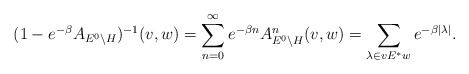
\begin{align*}(1 - e^{-\beta} A_{E^0 \backslash H})^{-1}(v,w)= \sum^\infty_{n=0} e^{-\beta n} A_{E^0 \backslash H}^n(v,w)= \sum_{\lambda \in v E^* w} e^{-\beta |\lambda|}.\end{align*}